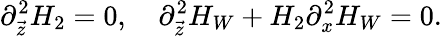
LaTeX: \partial_{\vec{z}}^{2}H_{2}=0,\ \ \ \ \partial_{\vec{z}}^{2}H_{W}+H_{2}\partial_{x}^{2}H_{W}=0.